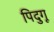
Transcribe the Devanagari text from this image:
पिदुगू